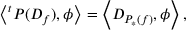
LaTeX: \left\langle { } ^ { t } P ( D _ { f } ) , \phi \right\rangle = \left\langle D _ { P _ { * } ( f ) } , \phi \right\rangle ,